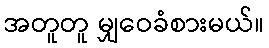
အတူတူ မျှဝေခံစားမယ်။